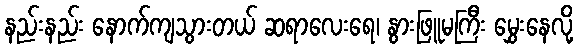
နည်းနည်း နောက်ကျသွားတယ် ဆရာလေးရေ၊ နွားဖြူမကြီး မွှေးနေလို့